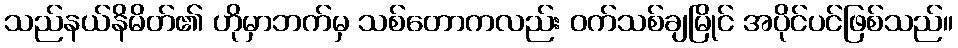
သည်နယ်နိမိတ်၏ ဟိုမှာဘက်မှ သစ်တောကလည်း ဝက်သစ်ချမြိုင် အပိုင်ပင်ဖြစ်သည်။